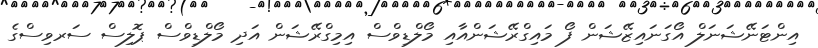
އިންޓަނޭޝަނަލް އޯގަނައިޒޭޝަން ފޯ މައިގްރޭޝަންއާއި މޯލްޑިވްސް އިމިގްރޭޝަން އަދި މޯލްޑިވްސް ޕޮލިސް ސަރވިސްގެ